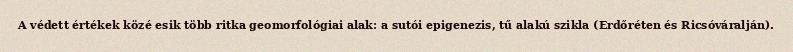
A védett értékek közé esik több ritka geomorfológiai alak: a sutói epigenezis, tű alakú szikla (Erdőréten és Ricsóváralján).